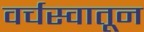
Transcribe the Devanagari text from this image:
वर्चस्वातून